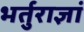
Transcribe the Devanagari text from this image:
भर्तुराज्ञां